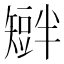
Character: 𥐆